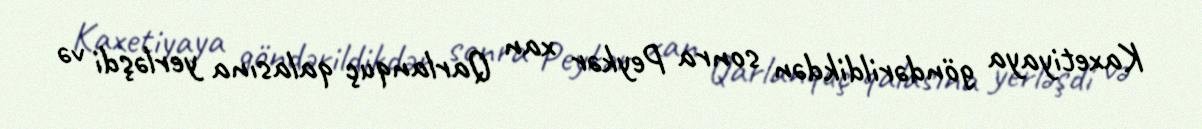
Kaxetiyaya göndərildikdən sonra Peykər xan Qarlanquç qalasına yerləşdi və